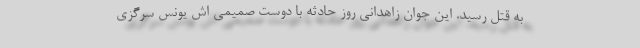
به قتل رسید. این جوان زاهدانی روز حادثه با دوست صمیمی اش یونس سرگزی